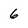
Character: 6